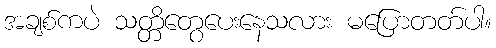
အချစ်ကပဲ သတ္တိတွေပေးနေသလား မပြောတတ်ပါ။